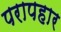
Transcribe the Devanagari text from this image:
परापहार